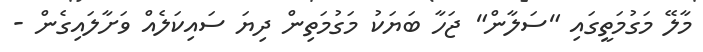
މާލޭ މަގުމަތީގައި "ސަލާން" ޖަހާ ބަޔަކު މަގުމަތިން ދިޔަ ސައިކަލެއް ވަށާލައިގެން -